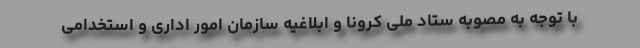
با توجه به مصوبه ستاد ملی کرونا و ابلاغیه سازمان امور اداری و استخدامی